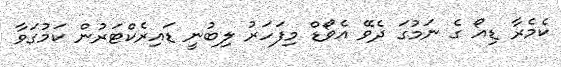
ކެމެރާ ޑިއޯ ގެ ނަމުގަ ދެވޭ އެވޯޑް މިފަހަރު ލިބުނީ ޑައިރެކްޓަރުން ކަމުގަވާ